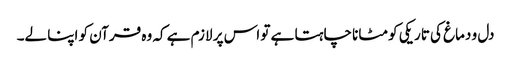
دل و دماغ کی تاریکی کو مٹانا چاہتا ہے تو اس پر لازم ہے کہ وہ قرآن کو اپنا لے۔